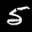
Label: 5